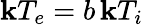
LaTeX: \mathbf{k}T_{e}=b\, \mathbf{k}T_{i}